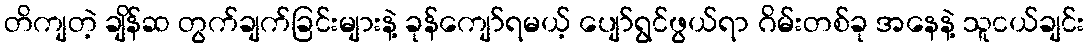
တိကျတဲ့ ချိန်ဆ တွက်ချက်ခြင်းများနဲ့ ခုန်ကျော်ရမယ့် ပျော်ရွင်ဖွယ်ရာ ဂိမ်းတစ်ခု အနေနဲ့ သူငယ်ချင်း